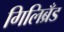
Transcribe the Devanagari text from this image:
गिलिब्रँड